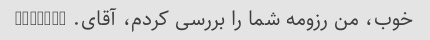
خوب، من رزومه شما را بررسی کردم، آقای. peepers